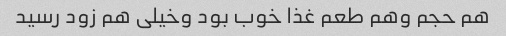
هم حجم وهم طعم غذا خوب بود وخیلی هم زود رسید